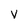
Character: V